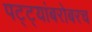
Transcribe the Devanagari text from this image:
पट्ट्यांबरोबरच